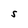
Character: S